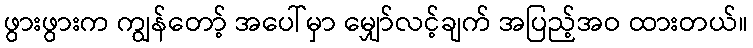
ဖွားဖွားက ကျွန်တော့် အပေါ်မှာ မျှော်လင့်ချက် အပြည့်အဝ ထားတယ်။